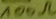
Text: 100Ω